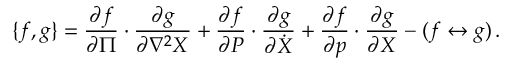
\{ f , g \} = { \frac { \partial f } { \partial \Pi } } \cdot { \frac { \partial g } { \partial \nabla ^ { 2 } X } } + { \frac { \partial f } { \partial P } } \cdot { \frac { \partial g } { \partial \dot { X } } } + { \frac { \partial f } { \partial p } } \cdot { \frac { \partial g } { \partial X } } - ( f \leftrightarrow g ) \, .